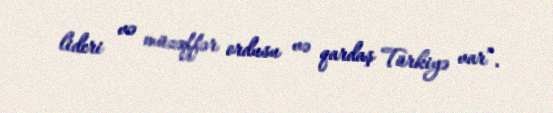
lideri və müzəffər ordusu və qardaş Türkiyə var”.